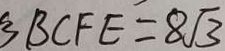
B B C F E = 8 \sqrt { 3 }